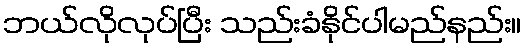
ဘယ်လိုလုပ်ပြီး သည်းခံနိုင်ပါမည်နည်း။